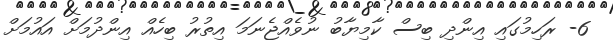
6- ރަހިމުގައި އިންދި ބިސް ކާމިޔާބު ނުވެއްޖެނަމަ އިތުރު ބިހެއް އިންދުމަށް އައުމަށް